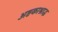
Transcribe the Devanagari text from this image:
अष्टकाश्राद्ध